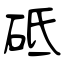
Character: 砥